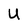
Character: U